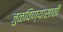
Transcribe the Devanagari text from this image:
जुळविण्यासाठी